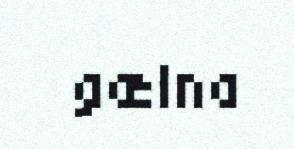
gælna